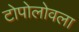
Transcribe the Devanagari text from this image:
टोपोलोवला